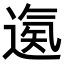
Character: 𨕀